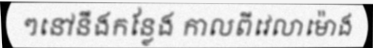
ៗនៅនឹងកន្លែង កាលពីវេលាម៉ោង